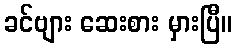
ခင်ဗျား ဆေးစား မှားပြီ။